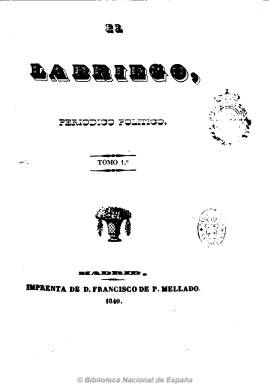
Título: El Labriego (Madrid)
Colección: Periódicos anteriores a 1850
Ámbito geográfico: Madrid
Lugar de publicación: Madrid
Fechas: 01/01/1840-30/05/1840

“Periódico político” de carácter liberal exaltado fundado y dirigido por el periodista y escritor anticlerical José García Villalta (1801-1846), aunque aparece como editor responsable J.R. Fernández, e impreso por Francisco de Paula Mellado, que comienza a publicarse el 22 de febrero. En su número 11, correspondiente al 2 de mayo, José de Espronceda (1808-1842) publicará su poesía “El Dos de Mayo” (p. 161-163) para exaltar las pasiones políticas de los partidos avanzados que trataban de arrojar del poder al Partido Moderado y a la reina regente María Cristina, quien por otro lado se enfrentaba también al carlismo. Esta composición, que funda la unión de la poesía con la política, del vate predilecto de los progresistas, demócratas y republicanos, llegará a reproducirse a lo largo de la centuria en más de ochenta ocasiones.

Además de artículos doctrinales, contiene secciones bajo los epígrafes de “Fastos nacionales” y “Fastos extranjeros”, que incluyen crónicas sobre debates parlamentarios y de actualidad política, así como un “Boletín” de noticias y una sección de “Variedades".

El labriego tendrá una periodicidad semanal, con 16 páginas, aunque a partir del tres de julio aparecerá dos veces a la semana con 12 páginas. Su paginación será continuada. La colección incompleta de este título en la BNE forma un tomo que comienza con un índice de materias.